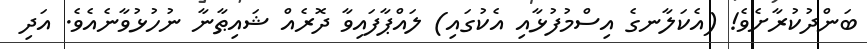
ބަންދުކުރާށެވެ! (އެކަލާނގެ އިސްމުފުޅާއި އެކުގައި) ލައްޕާފައިވާ ދޮރެއް ޝައިޠާނާ ނުހުޅުވާނެއެވެ. އަދި